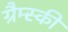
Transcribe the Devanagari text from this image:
ग्रैम्स्की